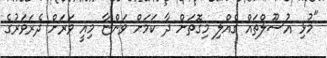
"މުޅި އުސޫލްތައް ގެއްލި މިގޮތަށް ދާ ކަމަށް ވަންޏާ މިއީ ވަރަށް ދެރަވަރުގެ